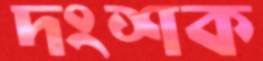
দংশক